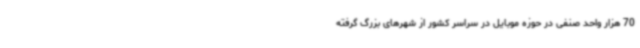
70 هزار واحد صنفی در حوزه موبایل در سراسر کشور از شهرهای بزرگ گرفته